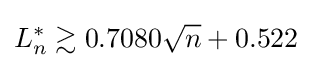
L_{n}^{*}\gtrsim 0.7080{\sqrt {n}}+0.522